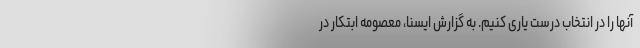
آنها را در انتخاب درست یاری کنیم. به گزارش ایسنا، معصومه ابتکار در